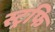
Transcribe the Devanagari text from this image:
स्ट्रफि